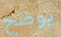
يوضح